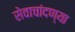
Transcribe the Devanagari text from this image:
सेवाचांदण्या